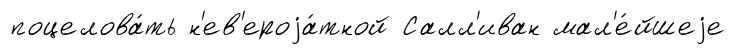
поцелова́ть н'ев'ероjа́тной Салл'иван мал'е́йшеjе